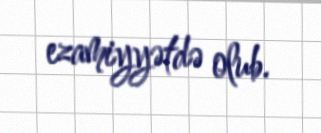
ezamiyyətdə olub.